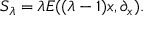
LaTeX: { \cal S } _ { \lambda } = \lambda E ( ( \lambda - 1 ) x , \partial _ { x } ) .